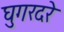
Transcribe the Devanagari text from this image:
घुगरदरे